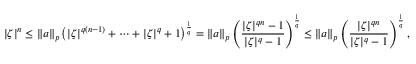
| \zeta | ^ { n } \leq \| a \| _ { p } \left( | \zeta | ^ { q ( n - 1 ) } + \cdots + | \zeta | ^ { q } + 1 \right) ^ { \frac { 1 } { q } } = \| a \| _ { p } \left( { \frac { | \zeta | ^ { q n } - 1 } { | \zeta | ^ { q } - 1 } } \right) ^ { \frac { 1 } { q } } \leq \| a \| _ { p } \left( { \frac { | \zeta | ^ { q n } } { | \zeta | ^ { q } - 1 } } \right) ^ { \frac { 1 } { q } } ,